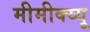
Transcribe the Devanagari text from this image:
मीमीक्य्यू